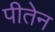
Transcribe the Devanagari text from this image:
पीतेन